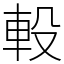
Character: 軗